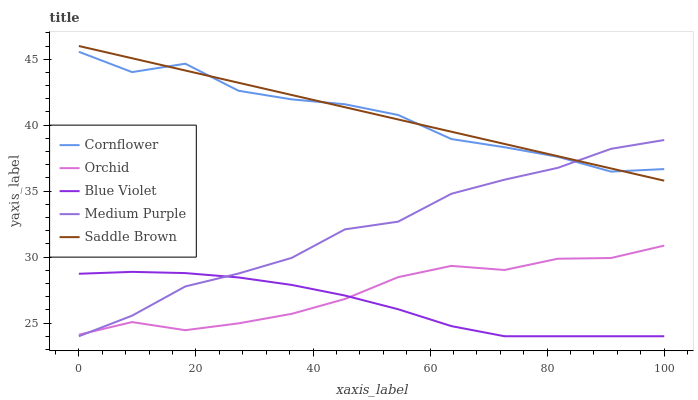
| xaxis_label | Cornflower | Orchid | Blue Violet | Medium Purple | Saddle Brown |
 | --- | --- | --- | --- | --- | --- |
 | 0 | 45.6 | 24.1 | 28.7 | 24 | 46 |
 | 9.09 | 44 | 25.1 | 28.9 | 25.6 | 45.1 |
 | 18.2 | 44.7 | 24.5 | 28.8 | 27.8 | 44.1 |
 | 27.3 | 42.6 | 25 | 28.5 | 28.8 | 43.2 |
 | 36.4 | 42 | 25.7 | 27.9 | 29.9 | 42.3 |
 | 45.5 | 41.6 | 26.8 | 27.1 | 32.1 | 41.4 |
 | 54.5 | 40.8 | 28.5 | 26 | 32.7 | 40.4 |
 | 63.6 | 38.9 | 29.3 | 24.8 | 34.8 | 39.5 |
 | 72.7 | 38.3 | 29 | 24 | 35.9 | 38.6 |
 | 81.8 | 37.6 | 29.9 | 24 | 36.8 | 37.6 |
 | 90.9 | 36.5 | 29.9 | 24 | 38.2 | 36.7 |
 | 100 | 36.7 | 30.9 | 24 | 38.9 | 35.8 |